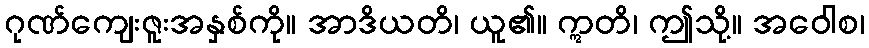
ဂုဏ်ကျေးဇူးအနှစ်ကို။ အာဒိယတိ၊ ယူ၏။ ဣတိ၊ ဤသို့။ အဝေါစ၊